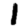
Digit: 1